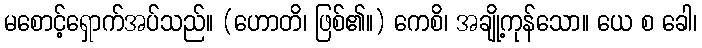
မစောင့်ရှောက်အပ်သည်။ (ဟောတိ၊ ဖြစ်၏။) ကေစိ၊ အချို့ကုန်သော။ ယေ စ ခေါ၊